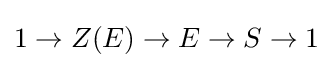
1\to Z(E)\to E\to S\to 1